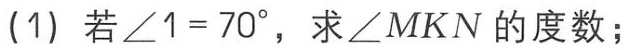
(1) 若\(\angle 1 = 70^{\circ}\)，求\(\angle MKN\)的度数；